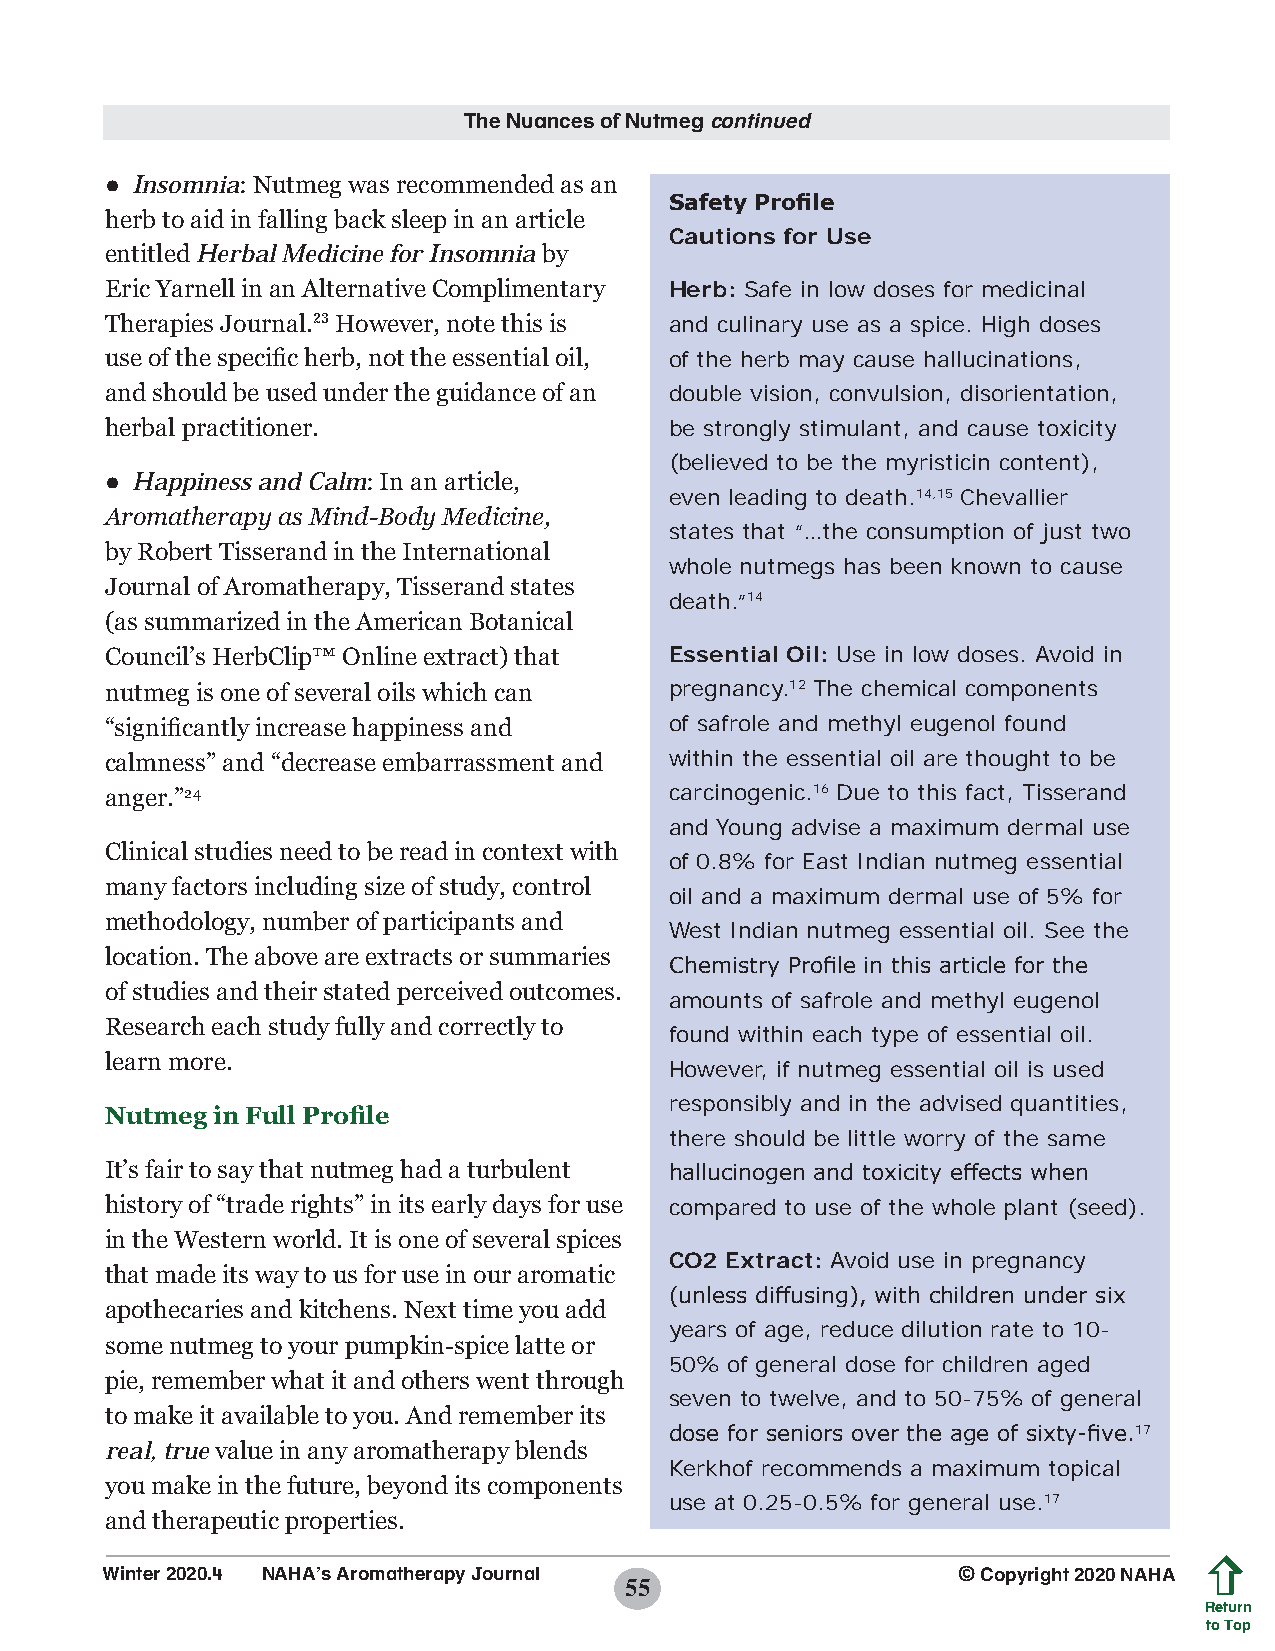
The Nuances of Nutmeg continued
 ● Insomnia: Nutmeg was recommended as an
 Safety Profile
 herb to aid in falling back sleep in an article
 Cautions for Use
 entitled Herbal Medicine for Insomnia by
 Eric Yarnell in an Alternative Complimentary Herb: Safe in low doses for medicinal
 Therapies Journal.23 However, note this is and culinary use as a spice. High doses
 use of the specific herb, not the essential oil, of the herb may cause hallucinations,
 and should be used under the guidance of an double vision, convulsion, disorientation,
 herbal practitioner.                 be strongly stimulant, and cause toxicity
 (believed to be the myristicin content),
 ● Happiness and Calm: In an article,
 even leading to death.14,15 Chevallier
 Aromatherapy as Mind-Body Medicine,
 states that “…the consumption of just two
 by Robert Tisserand in the International
 whole nutmegs has been known to cause
 Journal of Aromatherapy, Tisserand states
 death.”14
 (as summarized in the American Botanical
 Council’s HerbClip™ Online extract) that Essential Oil: Use in low doses. Avoid in
 nutmeg is one of several oils which can pregnancy.12 The chemical components
 “significantly increase happiness and of safrole and methyl eugenol found
 calmness” and “decrease embarrassment and within the essential oil are thought to be
 anger.”24                            carcinogenic.16 Due to this fact, Tisserand
 and Young advise a maximum dermal use
 Clinical studies need to be read in context with
 of 0.8% for East Indian nutmeg essential
 many factors including size of study, control
 oil and a maximum dermal use of 5% for
 methodology, number of participants and
 West Indian nutmeg essential oil. See the
 location. The above are extracts or summaries
 Chemistry Profile in this article for the
 of studies and their stated perceived outcomes.
 amounts of safrole and methyl eugenol
 Research each study fully and correctly to
 found within each type of essential oil.
 learn more.
 However, if nutmeg essential oil is used
 responsibly and in the advised quantities,
 Nutmeg in Full Profile
 there should be little worry of the same
 It’s fair to say that nutmeg had a turbulent hallucinogen and toxicity effects when
 history of “trade rights” in its early days for use compared to use of the whole plant (seed).
 in the Western world. It is one of several spices
 CO2 Extract: Avoid use in pregnancy
 that made its way to us for use in our aromatic
 (unless diffusing), with children under six
 apothecaries and kitchens. Next time you add
 years of age, reduce dilution rate to 10-
 some nutmeg to your pumpkin-spice latte or
 50% of general dose for children aged
 pie, remember what it and others went through
 seven to twelve, and to 50-75% of general
 to make it available to you. And remember its
 dose for seniors over the age of sixty-five.17
 real, true value in any aromatherapy blends
 Kerkhof recommends a maximum topical
 you make in the future, beyond its components
 use at 0.25-0.5% for general use.17
 and therapeutic properties.
 Winter 2020.4 NAHA’s Aromatherapy Journal               © Copyright 2020 NAHA
 55
 Return
 to Top
 